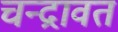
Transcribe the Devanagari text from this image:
चन्द्रावत